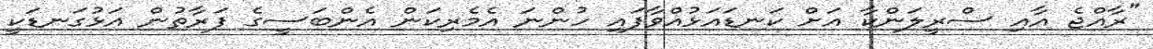
"ރާއްޖެ އާއި ސްރީލަންކާ އަށް ކަނޑައަޅުއްވާފައި ހުންނަ އެމެރިކަން އެންބަސީގެ ފަރާތުން އަޅުގަނޑަކީ